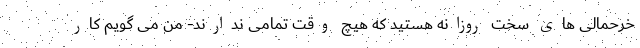
خرحمالی های سخت روزانه هستید که هیچ وقت تمامی ندارند- من می گویم کارِ